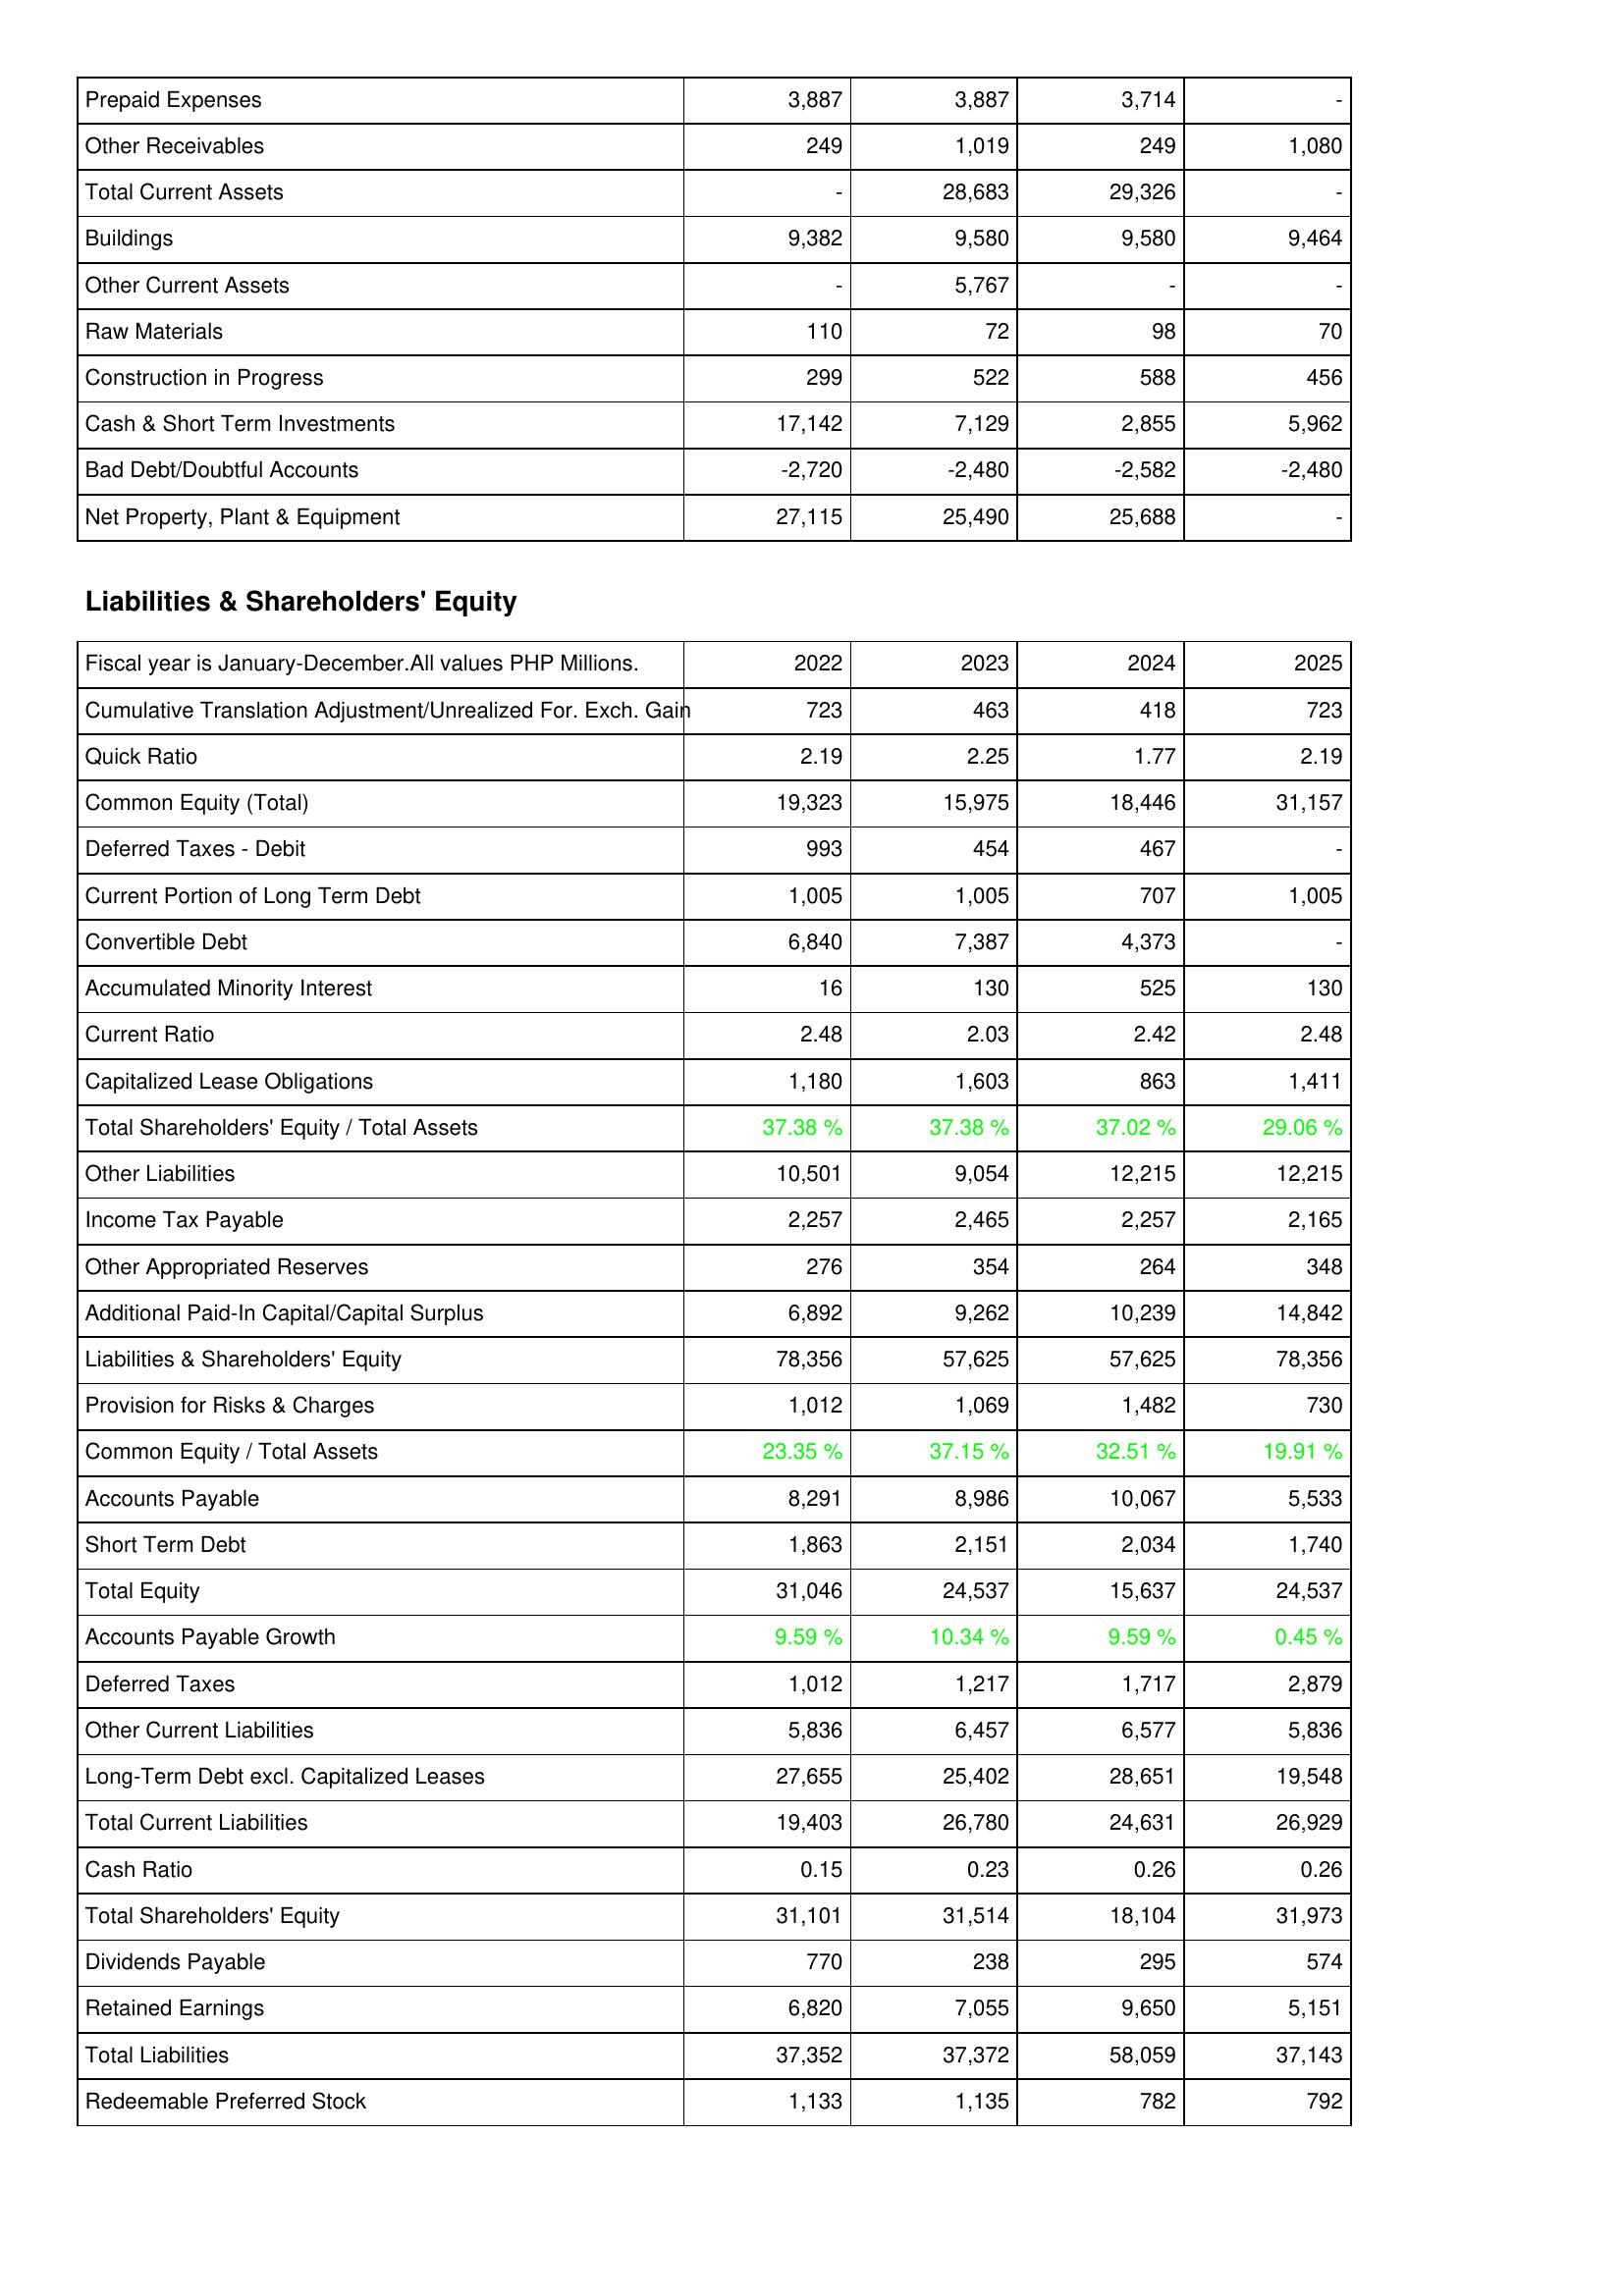
2022: Assets: Prepaid Expenses: 3,887
Other Receivables: 249
Total Current Assets: -
Buildings: 9,382
Other Current Assets: -
Raw Materials: 110
Construction in Progress: 299
Cash & Short Term Investments: 17,142
Bad Debt/Doubtful Accounts: -2,720
Net Property, Plant & Equipment: 27,115
Liabilities & Shareholders' Equity: Cumulative Translation Adjustment/Unrealized For. Exch. Gain: 723
Quick Ratio: 2.19
Common Equity (Total): 19,323
Deferred Taxes - Debit: 993
Current Portion of Long Term Debt: 1,005
Convertible Debt: 6,840
Accumulated Minority Interest: 16
Current Ratio: 2.48
Capitalized Lease Obligations: 1,180
Total Shareholders' Equity / Total Assets: 37.38 %
Other Liabilities: 10,501
Income Tax Payable: 2,257
Other Appropriated Reserves: 276
Additional Paid-In Capital/Capital Surplus: 6,892
Liabilities & Shareholders' Equity: 78,356
Provision for Risks & Charges: 1,012
Common Equity / Total Assets: 23.35 %
Accounts Payable: 8,291
Short Term Debt: 1,863
Total Equity: 31,046
Accounts Payable Growth: 9.59 %
Deferred Taxes: 1,012
Other Current Liabilities: 5,836
Long-Term Debt excl. Capitalized Leases: 27,655
Total Current Liabilities: 19,403
Cash Ratio: 0.15
Total Shareholders' Equity: 31,101
Dividends Payable: 770
Retained Earnings: 6,820
Total Liabilities: 37,352
Redeemable Preferred Stock: 1,133
2023: Assets: Prepaid Expenses: 3,887
Other Receivables: 1,019
Total Current Assets: 28,683
Buildings: 9,580
Other Current Assets: 5,767
Raw Materials: 72
Construction in Progress: 522
Cash & Short Term Investments: 7,129
Bad Debt/Doubtful Accounts: -2,480
Net Property, Plant & Equipment: 25,490
Liabilities & Shareholders' Equity: Cumulative Translation Adjustment/Unrealized For. Exch. Gain: 463
Quick Ratio: 2.25
Common Equity (Total): 15,975
Deferred Taxes - Debit: 454
Current Portion of Long Term Debt: 1,005
Convertible Debt: 7,387
Accumulated Minority Interest: 130
Current Ratio: 2.03
Capitalized Lease Obligations: 1,603
Total Shareholders' Equity / Total Assets: 37.38 %
Other Liabilities: 9,054
Income Tax Payable: 2,465
Other Appropriated Reserves: 354
Additional Paid-In Capital/Capital Surplus: 9,262
Liabilities & Shareholders' Equity: 57,625
Provision for Risks & Charges: 1,069
Common Equity / Total Assets: 37.15 %
Accounts Payable: 8,986
Short Term Debt: 2,151
Total Equity: 24,537
Accounts Payable Growth: 10.34 %
Deferred Taxes: 1,217
Other Current Liabilities: 6,457
Long-Term Debt excl. Capitalized Leases: 25,402
Total Current Liabilities: 26,780
Cash Ratio: 0.23
Total Shareholders' Equity: 31,514
Dividends Payable: 238
Retained Earnings: 7,055
Total Liabilities: 37,372
Redeemable Preferred Stock: 1,135
2024: Assets: Prepaid Expenses: 3,714
Other Receivables: 249
Total Current Assets: 29,326
Buildings: 9,580
Other Current Assets: -
Raw Materials: 98
Construction in Progress: 588
Cash & Short Term Investments: 2,855
Bad Debt/Doubtful Accounts: -2,582
Net Property, Plant & Equipment: 25,688
Liabilities & Shareholders' Equity: Cumulative Translation Adjustment/Unrealized For. Exch. Gain: 418
Quick Ratio: 1.77
Common Equity (Total): 18,446
Deferred Taxes - Debit: 467
Current Portion of Long Term Debt: 707
Convertible Debt: 4,373
Accumulated Minority Interest: 525
Current Ratio: 2.42
Capitalized Lease Obligations: 863
Total Shareholders' Equity / Total Assets: 37.02 %
Other Liabilities: 12,215
Income Tax Payable: 2,257
Other Appropriated Reserves: 264
Additional Paid-In Capital/Capital Surplus: 10,239
Liabilities & Shareholders' Equity: 57,625
Provision for Risks & Charges: 1,482
Common Equity / Total Assets: 32.51 %
Accounts Payable: 10,067
Short Term Debt: 2,034
Total Equity: 15,637
Accounts Payable Growth: 9.59 %
Deferred Taxes: 1,717
Other Current Liabilities: 6,577
Long-Term Debt excl. Capitalized Leases: 28,651
Total Current Liabilities: 24,631
Cash Ratio: 0.26
Total Shareholders' Equity: 18,104
Dividends Payable: 295
Retained Earnings: 9,650
Total Liabilities: 58,059
Redeemable Preferred Stock: 782
2025: Assets: Prepaid Expenses: -
Other Receivables: 1,080
Total Current Assets: -
Buildings: 9,464
Other Current Assets: -
Raw Materials: 70
Construction in Progress: 456
Cash & Short Term Investments: 5,962
Bad Debt/Doubtful Accounts: -2,480
Net Property, Plant & Equipment: -
Liabilities & Shareholders' Equity: Cumulative Translation Adjustment/Unrealized For. Exch. Gain: 723
Quick Ratio: 2.19
Common Equity (Total): 31,157
Deferred Taxes - Debit: -
Current Portion of Long Term Debt: 1,005
Convertible Debt: -
Accumulated Minority Interest: 130
Current Ratio: 2.48
Capitalized Lease Obligations: 1,411
Total Shareholders' Equity / Total Assets: 29.06 %
Other Liabilities: 12,215
Income Tax Payable: 2,165
Other Appropriated Reserves: 348
Additional Paid-In Capital/Capital Surplus: 14,842
Liabilities & Shareholders' Equity: 78,356
Provision for Risks & Charges: 730
Common Equity / Total Assets: 19.91 %
Accounts Payable: 5,533
Short Term Debt: 1,740
Total Equity: 24,537
Accounts Payable Growth: 0.45 %
Deferred Taxes: 2,879
Other Current Liabilities: 5,836
Long-Term Debt excl. Capitalized Leases: 19,548
Total Current Liabilities: 26,929
Cash Ratio: 0.26
Total Shareholders' Equity: 31,973
Dividends Payable: 574
Retained Earnings: 5,151
Total Liabilities: 37,143
Redeemable Preferred Stock: 792